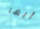
أيها